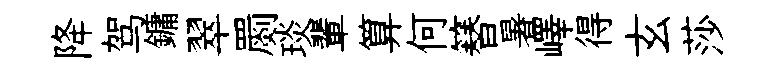
降驾鏞翠罽琰輩算何簮暑嶧得玄莎